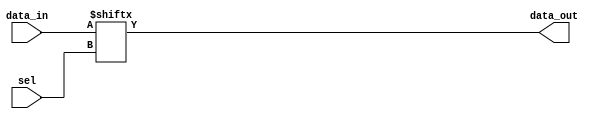
`timescale 1ns / 1ps

module mux_n(
sel,
data_in,
data_out
);
  // select 1 out of 1<<ADDR
  parameter ADDR = 2;
  parameter IN_WIDTH = 1<<ADDR;
  input[ADDR-1:0] sel;
  input[IN_WIDTH-1:0] data_in;
  output data_out;

  wire[ADDR-1:0] sel;
  wire[IN_WIDTH-1:0] data_in;
  wire data_out;
  assign data_out = data_in[sel];

endmodule

module mux_n_reg(
clk,
rst,
sel,
data_in,
data_out
);
  // registered version of mux_n (synchronous)
  parameter ADDR = 2;
  parameter IN_WIDTH = 1<<ADDR;

  input clk,rst;
  input[ADDR-1:0] sel;
  input[IN_WIDTH-1:0] data_in;
  output reg data_out;

  wire[ADDR-1:0] sel;
  wire[IN_WIDTH-1:0] data_in;

  always@(posedge clk)
  begin
    if(rst) begin
      data_out <= 1'b0;
    end else
      data_out <= data_in[sel];
  end
endmodule


module pmt_upper_com(
clk,
rst,
x_a_in,
y_a_in,
x_b_in,
y_b_in,
x_c_in,
y_c_in,
x_d_in,
y_d_in,
x_a_out,
y_a_out,
x_b_out,
y_b_out,
x_c_out,
y_c_out,
x_d_out,
y_d_out,
ctrl_in,
ctrl_out
    );
  parameter DATA_WIDTH = 16;
  parameter WIDTH_COUNTER = 2;                 
  //N=16,64,256, 1,2,4 respectively need modification manually, need log2n function for //automatically generation
  //localparam NUM_CHANNELS= 4;   //OPTION: 2,4,8,16
  //localparam NUM_INPUTS = 2*NUM_CHANNELS;
  parameter FLAG_COUNTER = 1;     //need modification. =0 if N=16;
  parameter PROBLEM_SIZE = 64;
  parameter PER_DISTANCE = PROBLEM_SIZE/16;   //update "sel" every PER_DISTANCE cycles;

  input clk,rst,ctrl_in;
  input[DATA_WIDTH-1:0] x_a_in,y_a_in,x_b_in,y_b_in
                       ,x_c_in,y_c_in,x_d_in,y_d_in;

  output[DATA_WIDTH-1:0] x_a_out,y_a_out,x_b_out,y_b_out
                        ,x_c_out,y_c_out,x_d_out,y_d_out;
  output ctrl_out;

  //for 8 16x 4-1 mux
  reg[1:0] sel;
  reg proc_start;    //to tag the fft compuation starts
  reg[WIDTH_COUNTER-1:0] counter;  //used for counting cycles;
  reg flag_counter;  //when N=16, counnter is not used;
  wire[1:0]  address_update;

  //reg start_update;
  wire[3:0] mux_in[7:0][DATA_WIDTH-1:0];  // [7:0] - 4 inputs with 2 parts (real+imag); 
                                          // [DATA_WIDTH-1:0] - mux for every
                                          // single bit
                                          // mux is for the radix-4 block
  wire[DATA_WIDTH-1:0] mux_out[7:0];

  genvar i,j;
  generate
  for(i=0;i<DATA_WIDTH;i=i+1) begin:MUX_PER
    assign mux_in[7][i] = {x_c_in[i],x_b_in[i],x_d_in[i],x_a_in[i]};
    assign mux_in[6][i] = {y_c_in[i],y_b_in[i],y_d_in[i],y_a_in[i]};
    assign mux_in[5][i] = {x_d_in[i],x_c_in[i],x_a_in[i],x_b_in[i]};
    assign mux_in[4][i] = {y_d_in[i],y_c_in[i],y_a_in[i],y_b_in[i]};
    assign mux_in[3][i] = {x_a_in[i],x_d_in[i],x_b_in[i],x_c_in[i]};
    assign mux_in[2][i] = {y_a_in[i],y_d_in[i],y_b_in[i],y_c_in[i]};
    assign mux_in[1][i] = {x_b_in[i],x_a_in[i],x_c_in[i],x_d_in[i]};
    assign mux_in[0][i] = {y_b_in[i],y_a_in[i],y_c_in[i],y_d_in[i]};
    end
  endgenerate

  generate
  for(j=0;j<8;j=j+1) begin:MUX_OUT
    for(i=0;i<DATA_WIDTH;i=i+1) begin:MUX_BIT
        mux_n MUXUU(sel,mux_in[j][i],mux_out[j][i]);
    end
    end
  endgenerate

  assign address_update = (((flag_counter)&&(counter!=((1<<WIDTH_COUNTER)-1))) ?sel :({sel[0],!sel[1]}));
  //state for generate select
  always@(posedge clk)  //should be careful!!!  
  // ===================-------------------------------------------
  // gray code generator (assign address_update = ... & sel <= ...)
  // ===================-------------------------------------------
  //try posedge or negedge, when using postitive,data have to be registered
    begin
      if(rst) begin
        sel <= 2'b00;
        proc_start <= 1'b0;
        counter <= 0;
        flag_counter <= FLAG_COUNTER;   //need modification manually if N = 16;
        //data_out <= 0;
      end else begin
      if(ctrl_in) begin
          proc_start <= 1'b1;	   //ctrl_in is a wire, do not use ?: here
          counter <= 0;
      end else begin
        counter <= counter + 1;
      end
      //some problems may happen here, but this saves logics
      sel <= (proc_start==1'b0)?(2'b00):(address_update);       
    end	
  end

  wire[DATA_WIDTH-1:0] wire_out[7:0];
  generate
  for(i=0;i<8;i=i+1) begin:WIRE_OUT_PER
    assign wire_out[i] = mux_out[i];
    /*assign wire_out[i] = {mux_out[i][15],mux_out[i][14],mux_out[i][13],mux_out[i][12]
                         ,mux_out[i][11],mux_out[i][10],mux_out[i][9],mux_out[i][8]
                         ,mux_out[i][7],mux_out[i][6],mux_out[i][5],mux_out[i][4]
                         ,mux_out[i][3],mux_out[i][2],mux_out[i][1],mux_out[i][0]};*/
    end
  endgenerate
        
  assign	x_a_out = wire_out[7];
  assign	y_a_out = wire_out[6];
  assign	x_b_out = wire_out[5];
  assign	y_b_out = wire_out[4];
  assign	x_c_out = wire_out[3];
  assign	y_c_out = wire_out[2];
  assign	x_d_out = wire_out[1];
  assign	y_d_out = wire_out[0];							  
  assign	ctrl_out = ctrl_in;

endmodule


module pmt_lower_com(
clk,
rst,
x_a_in,
y_a_in,
x_b_in,
y_b_in,
x_c_in,
y_c_in,
x_d_in,
y_d_in,
x_a_out,
y_a_out,
x_b_out,
y_b_out,
x_c_out,
y_c_out,
x_d_out,
y_d_out,
ctrl_in,
ctrl_out
    );
  parameter DATA_WIDTH = 16;
  parameter WIDTH_COUNTER = 2;                
   //N=16,64,256, 1,2,4 respectively need modification manually, need log2n function for //automatically generation

  //localparam NUM_CHANNELS= 4;   //OPTION: 2,4,8,16
  //localparam NUM_INPUTS = 2*NUM_CHANNELS;
  parameter FLAG_COUNTER = 1;                  //need modification manually, =0 if N=16;

  parameter PROBLEM_SIZE = 64;
  parameter PER_DISTANCE = PROBLEM_SIZE/16;   //update "sel" every PER_DISTANCE cycles;

  input clk,rst,ctrl_in;
  input[DATA_WIDTH-1:0] x_a_in,y_a_in,x_b_in,y_b_in
                       ,x_c_in,y_c_in,x_d_in,y_d_in;

  output[DATA_WIDTH-1:0] x_a_out,y_a_out,x_b_out,y_b_out
                        ,x_c_out,y_c_out,x_d_out,y_d_out;
  output ctrl_out;

  //for 8 16x 4-1 mux
  reg[1:0] sel;
  reg proc_start;    //to tag the fft compuation starts
  reg[WIDTH_COUNTER-1:0] counter;  //used for counting cycles;
  reg flag_counter;  //when N=16, counnter is not used;
  wire[1:0]  address_update;

  //reg start_update;
  wire[3:0] mux_in[7:0][DATA_WIDTH-1:0];
  wire[DATA_WIDTH-1:0] mux_out[7:0];

  genvar i,j;
  generate
  for(i=0;i<DATA_WIDTH;i=i+1) begin:MUX_PER
    assign mux_in[7][i] = {x_c_in[i],x_d_in[i],x_b_in[i],x_a_in[i]};
    assign mux_in[6][i] = {y_c_in[i],y_d_in[i],y_b_in[i],y_a_in[i]};
    assign mux_in[5][i] = {x_d_in[i],x_a_in[i],x_c_in[i],x_b_in[i]};
    assign mux_in[4][i] = {y_d_in[i],y_a_in[i],y_c_in[i],y_b_in[i]};
    assign mux_in[3][i] = {x_a_in[i],x_b_in[i],x_d_in[i],x_c_in[i]};
    assign mux_in[2][i] = {y_a_in[i],y_b_in[i],y_d_in[i],y_c_in[i]};
    assign mux_in[1][i] = {x_b_in[i],x_c_in[i],x_a_in[i],x_d_in[i]};
    assign mux_in[0][i] = {y_b_in[i],y_c_in[i],y_a_in[i],y_d_in[i]};
    end
  endgenerate

  generate
  for(j=0;j<8;j=j+1) begin:MUX_OUT
    for(i=0;i<DATA_WIDTH;i=i+1) begin:MUX_BIT
        mux_n MUXUU(sel,mux_in[j][i],mux_out[j][i]);
    end
    end
  endgenerate

  assign address_update = (((flag_counter)&&(counter!=((1<<WIDTH_COUNTER)-1))) ?sel :({sel[0],!sel[1]}));
  //state for generate select
  always@(posedge clk)  //should be careful!!! 
  //try posedge or negedge, when using postitive,data have to be registered
  begin
    if(rst) begin
      sel <= 2'b00;
      proc_start <= 1'b0;
      counter <= 0;
      flag_counter <= FLAG_COUNTER;   //need modification manually if N = 16;
      //data_out <= 0;
    end else begin
       if(ctrl_in) begin
           proc_start <= 1'b1;	   //ctrl_in is a wire, do not use ?: here
       counter <= 0;
       end else begin
         counter <= counter + 1;
       end
      //some problems may happen here, but this saves logics
      sel <= (proc_start==1'b0)?(2'b00): address_update; 			
    end	
  end

  wire[DATA_WIDTH-1:0] wire_out[7:0];
  generate
  for(i=0;i<8;i=i+1) begin:WIRE_OUT_PER
    assign wire_out[i] = mux_out[i];
    /*assign wire_out[i] = {mux_out[i][15],mux_out[i][14],mux_out[i][13],mux_out[i][12]
                         ,mux_out[i][11],mux_out[i][10],mux_out[i][9],mux_out[i][8]
                         ,mux_out[i][7],mux_out[i][6],mux_out[i][5],mux_out[i][4]
                         ,mux_out[i][3],mux_out[i][2],mux_out[i][1],mux_out[i][0]};*/
  end
  endgenerate
        
  assign	x_a_out = wire_out[7];
  assign	y_a_out = wire_out[6];
  assign	x_b_out = wire_out[5];
  assign	y_b_out = wire_out[4];
  assign	x_c_out = wire_out[3];
  assign	y_c_out = wire_out[2];
  assign	x_d_out = wire_out[1];
  assign	y_d_out = wire_out[0];							  
  assign	ctrl_out = ctrl_in;

endmodule